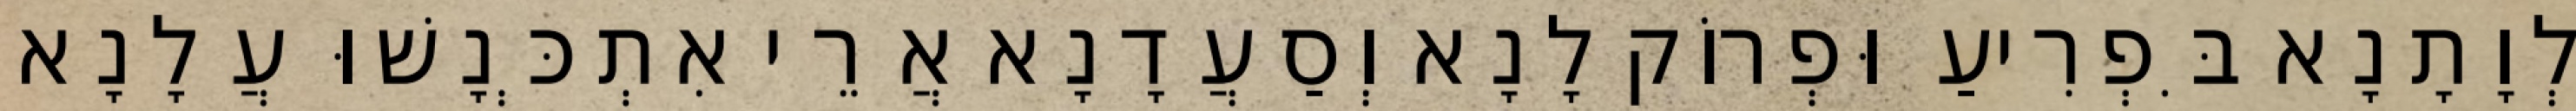
לְוָתָנָא בִּפְרִיעַ וּפְרוֹק לָנָא וְסַעֲדָנָא אֲרֵי אִתְכְּנָשׁוּ עֲלָנָא